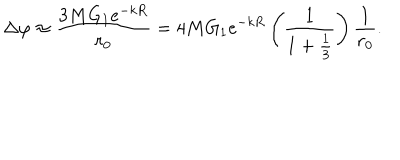
\Delta \varphi \approx \frac { 3 M G _ { 1 } e ^ { - k R } } { r _ { 0 } } = 4 M G _ { 1 } e ^ { - k R } \left( \frac { 1 } { 1 + \frac { 1 } { 3 } } \right) \frac { 1 } { r _ { 0 } } .